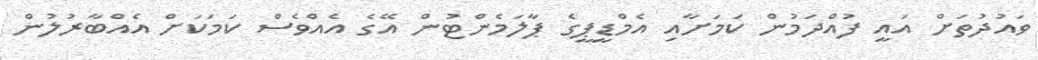
ވައުދުތަށް އައީ ފުއްދަމުން ކަމަށާއި އެމްޑީޕީގެ ޕާލަމެންޓުން އޭގެ އެއްވެސް ކަމަކަށް އެއްބާރުލުން